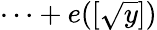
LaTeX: \cdots+e([\sqrt{y}])